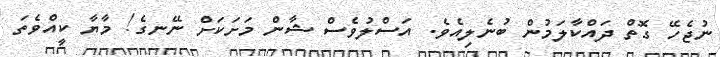
ނުޖެހޭ ގޮތް ދައްކާލަމުން ބުނެލިއެވެ. އަސްލުވެސް ޝާން މަށަކަށް ނޭނގެ! މާޔާ ކީއްވެތަ